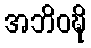
အဘိဝဍ္ဎိ